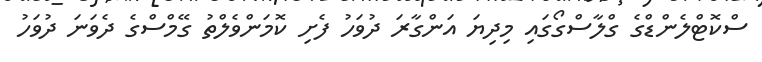
ސްކޮޓްލެންޑްގެ ގްލާސްގޯގައި މިދިޔަ އަންގާރަ ދުވަހު ފެށި ކޮމަންވެލްތު ގޭމްސްގެ ދެވަނަ ދުވަހު